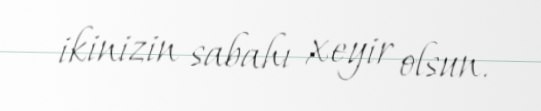
ikinizin sabahı xeyir olsun.